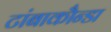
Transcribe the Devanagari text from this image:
टांबाकौन्डा